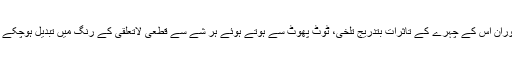
اس دوران اس کے چہرے کے تاثرات بتدریج تلخی، ٹوٹ پھوٹ سے ہوتے ہوئے ہر شے سے قطعی لاتعلقی کے رنگ میں تبدیل ہوچکے تھے۔